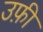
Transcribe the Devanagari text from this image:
उफ़ी